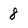
Character: 8